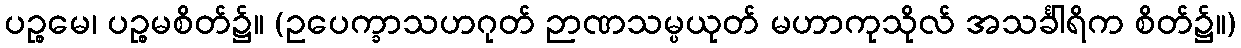
ပဉ္စမေ၊ ပဉ္စမစိတ်၌။ (ဥပေက္ခာသဟဂုတ် ဉာဏသမ္ပယုတ် မဟာကုသိုလ် အသင်္ခါရိက စိတ်၌။)